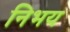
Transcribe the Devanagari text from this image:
निभय